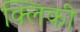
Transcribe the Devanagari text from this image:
क्लिकी